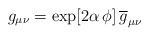
\begin{align*}g_{\mu \nu } = \exp [2\alpha \,\phi] \, \overline{g}_{\mu \nu }\end{align*}